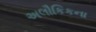
અલૌકિકના